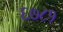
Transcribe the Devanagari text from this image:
६७८१